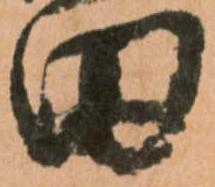
田